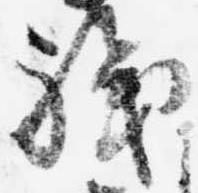
職